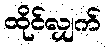
ထိုင်လျှက်